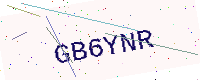
Text: GB6YNR